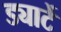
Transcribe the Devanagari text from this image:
ड्यार्टे